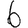
Digit: 6